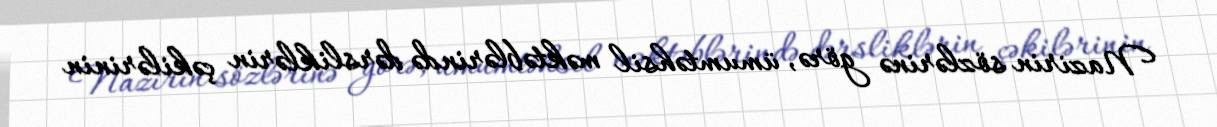
Nazirin sözlərinə görə, ümumtəhsil məktəblərində dərsliklərin çəkilərinin